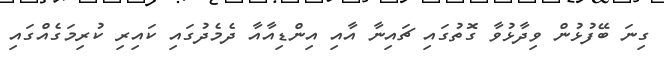
ގިނަ ބޭފުޅުން ވިދާޅުވާ ގޮތުގައި ޗައިނާ އާއި އިންޑިއާއާ ދެމެދުގައި ކައިރި ކުރިމަގެއްގައި